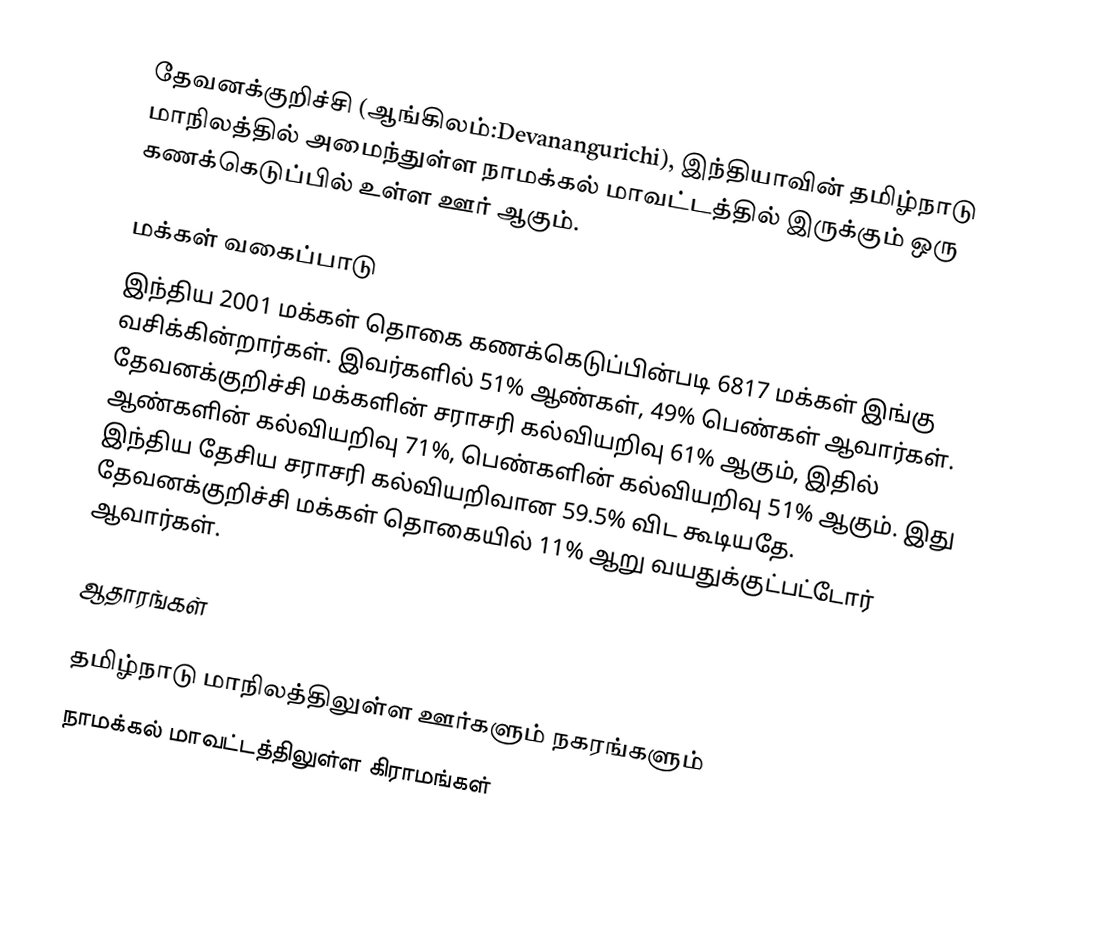
தேவனக்குறிச்சி (ஆங்கிலம்:Devanangurichi), இந்தியாவின் தமிழ்நாடு மாநிலத்தில் அமைந்துள்ள நாமக்கல் மாவட்டத்தில் இருக்கும் ஒரு கணக்கெடுப்பில் உள்ள ஊர்  ஆகும்.

மக்கள் வகைப்பாடு
இந்திய 2001 மக்கள் தொகை கணக்கெடுப்பின்படி 6817 மக்கள் இங்கு வசிக்கின்றார்கள். இவர்களில் 51% ஆண்கள், 49% பெண்கள் ஆவார்கள். தேவனக்குறிச்சி மக்களின் சராசரி கல்வியறிவு 61% ஆகும்,  இதில் ஆண்களின் கல்வியறிவு 71%,  பெண்களின் கல்வியறிவு 51% ஆகும். இது இந்திய தேசிய சராசரி கல்வியறிவான 59.5% விட கூடியதே. தேவனக்குறிச்சி மக்கள் தொகையில் 11%  ஆறு வயதுக்குட்பட்டோர் ஆவார்கள்.

ஆதாரங்கள்

 தமிழ்நாடு மாநிலத்திலுள்ள ஊர்களும் நகரங்களும்
நாமக்கல் மாவட்டத்திலுள்ள கிராமங்கள்